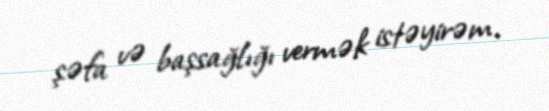
şəfa və başsağlığı vermək istəyirəm.